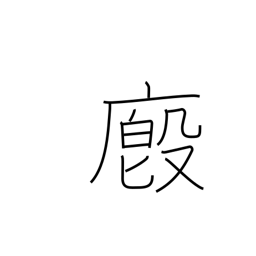
Meaning: stable